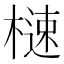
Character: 㯈